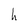
Character: h